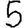
Digit: 5